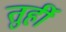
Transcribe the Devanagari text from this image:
तुर्ही